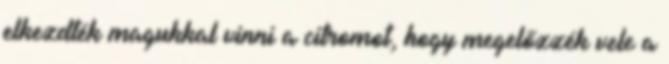
elkezdték magukkal vinni a citromot, hogy megelőzzék vele a